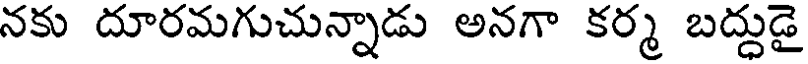
నకు దూరమగుచున్నాడు అనగా కర్మ బద్దుడై